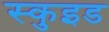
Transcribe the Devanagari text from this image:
स्कुइड